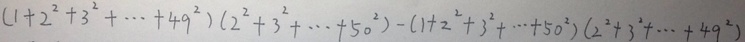
( 1 + 2 ^ { 2 } + 3 ^ { 2 } + \cdots + 4 9 ^ { 2 } ) ( 2 ^ { 2 } + 3 ^ { 2 } + \cdots + 5 0 ^ { 2 } ) - ( 1 + 2 ^ { 2 } + 3 ^ { 2 } + \cdots + 5 0 ^ { 2 } ) ( 2 ^ { 2 } + 3 ^ { 2 } + \cdots + 4 9 ^ { 2 } )